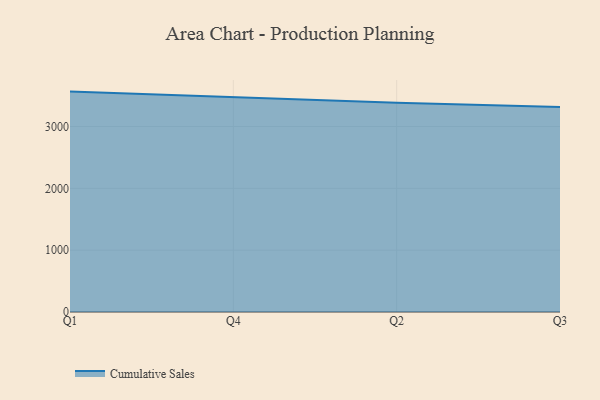
{"axis": {"x": "Quarter", "y": "Latency (ms)"}, "legend": ["Cumulative Sales"], "data": [{"x": "Q1", "y": 3564.6, "type": "Cumulative Sales"}, {"x": "Q4", "y": 3470.9, "type": "Cumulative Sales"}, {"x": "Q2", "y": 3383.4, "type": "Cumulative Sales"}, {"x": "Q3", "y": 3316.8, "type": "Cumulative Sales"}]}